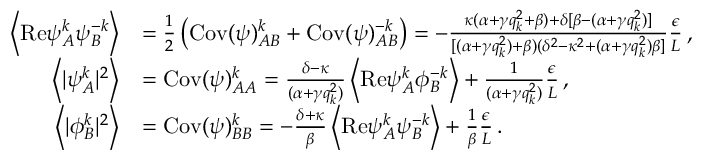
\begin{array} { r l } { \left\langle \mathrm { R e } { \psi } _ { A } ^ { k } { \psi } _ { B } ^ { - k } \right\rangle } & { = \frac { 1 } { 2 } \left( \mathrm { C o v } ( \psi ) _ { A B } ^ { k } + \mathrm { C o v } ( \psi ) _ { A B } ^ { - k } \right) = - \frac { \kappa ( \alpha + \gamma q _ { k } ^ { 2 } + \beta ) + \delta [ \beta - ( \alpha + \gamma q _ { k } ^ { 2 } ) ] } { [ ( \alpha + \gamma q _ { k } ^ { 2 } ) + \beta ) ( \delta ^ { 2 } - \kappa ^ { 2 } + ( \alpha + \gamma q _ { k } ^ { 2 } ) \beta ] } \frac { \epsilon } { L } \, , } \\ { \left\langle \vert { \psi } _ { A } ^ { k } \vert ^ { 2 } \right\rangle } & { = \mathrm { C o v } ( \psi ) _ { A A } ^ { k } = \frac { \delta - \kappa } { ( \alpha + \gamma q _ { k } ^ { 2 } ) } \left\langle \mathrm { R e } { \psi } _ { A } ^ { k } { \phi } _ { B } ^ { - k } \right\rangle + \frac { 1 } { ( \alpha + \gamma q _ { k } ^ { 2 } ) } \frac { \epsilon } { L } \, , } \\ { \left\langle \vert { \phi } _ { B } ^ { k } \vert ^ { 2 } \right\rangle } & { = \mathrm { C o v } ( \psi ) _ { B B } ^ { k } = - \frac { \delta + \kappa } { \beta } \left\langle \mathrm { R e } { \psi } _ { A } ^ { k } { \psi } _ { B } ^ { - k } \right\rangle + \frac { 1 } { \beta } \frac { \epsilon } { L } \, . } \end{array}